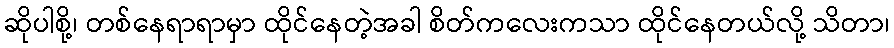
ဆိုပါစို့၊ တစ်နေရာရာမှာ ထိုင်နေတဲ့အခါ စိတ်ကလေးကသာ ထိုင်နေတယ်လို့ သိတာ၊